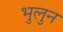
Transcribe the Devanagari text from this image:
भुलुन